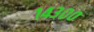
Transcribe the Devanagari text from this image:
१४३००